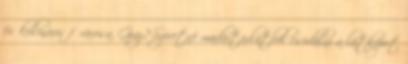
és kulináris fővárosa, Graz? Szeretné madártávlatból csodálni a látképet